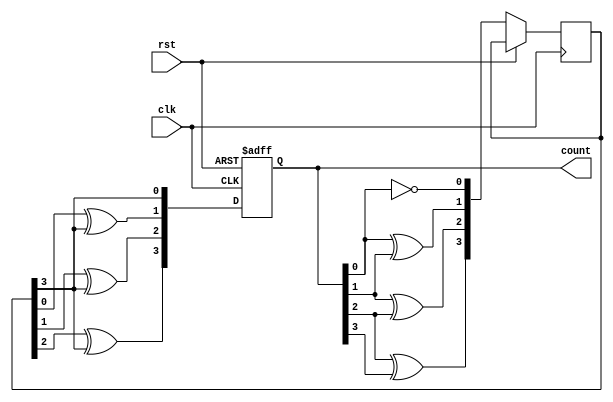
module johnson_gray_counter(
    input clk,
    input rst,
    output reg [3:0] count
);

reg [3:0] next_count;
reg [4:0] d;

always @(posedge clk or posedge rst) begin
    if (rst) begin
        next_count <= 4'b0000;
    end else begin
        d[0] <= ~count[0];
        d[1] <= count[0] ^ count[1];
        d[2] <= count[1] ^ count[2];
        d[3] <= count[2] ^ count[3];
        
        next_count[0] <= d[3];
        next_count[1] <= d[0] ^ d[3];
        next_count[2] <= d[1] ^ d[3];
        next_count[3] <= d[2] ^ d[3];
    end
end

always @* begin
    count <= next_count;
end

endmodule